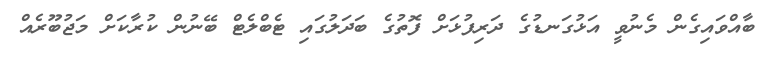
ބާއްވައިގެން މެނުވީ އަޅުގަނޑުގެ ދަރިފުޅަށް ފޮތުގެ ބަދަލުގައި ޓެބްލެޓް ބޭނުން ކުރާކަށް މަޖުބޫރެއް